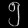
Digit: ၅